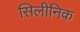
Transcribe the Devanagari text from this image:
सिलीनिक